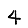
Digit: 4